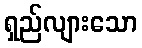
ရှည်လျားသော